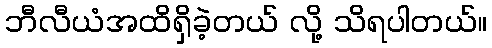
ဘီလီယံအထိရှိခဲ့တယ် လို့ သိရပါတယ်။